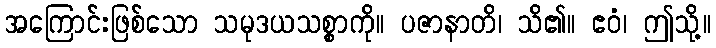
အကြောင်းဖြစ်သော သမုဒယသစ္စာကို။ ပဇာနာတိ၊ သိ၏။ ဧဝံ၊ ဤသို့။